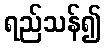
ရည်သန်၍